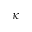
\kappa